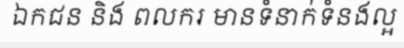
ឯកជន និង ពលករ មានទំនាក់ទំនងល្អ